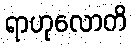
ရာဟုလောတိ